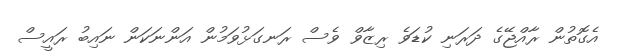
އެގޮތުން ރާއްޖޭގެ ދަރަނި ކުޑަވެ ރިޒާވް ވެސް ރަނގަޅުވަމުން އަންނަކަން ނައިބު ރައީސް